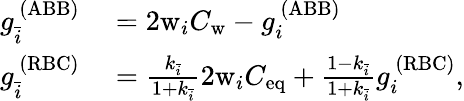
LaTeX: \begin{array}{rl}{g_{\bar{i}}^{\ (\mathrm{ABB})}}&{{}=2\mathrm{w}_{i}C_{\mathrm{w}}-g_{i}^{\ (\mathrm{ABB})}}\\ {g_{\bar{i}}^{\ (\mathrm{RBC})}}&{{}=\frac{k_{\bar{i}}}{1+k_{\bar{i}}}2\mathrm{w}_{i}C_{\mathrm{eq}}+\frac{1-k_{\bar{i}}}{1+k_{\bar{i}}}g_{i}^{\ (\mathrm{RBC})},}\end{array}